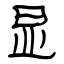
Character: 显